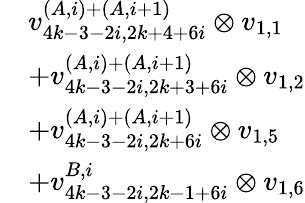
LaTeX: \begin{array}{rl}&{v_{4k-3-2i,2k+4+6i}^{(A,i)+(A,i+1)}\otimes v_{1,1}}\\ &{+v_{4k-3-2i,2k+3+6i}^{(A,i)+(A,i+1)}\otimes v_{1,2}}\\ &{+v_{4k-3-2i,2k+6i}^{(A,i)+(A,i+1)}\otimes v_{1,5}}\\ &{+v_{4k-3-2i,2k-1+6i}^{B,i}\otimes v_{1,6}}\end{array}